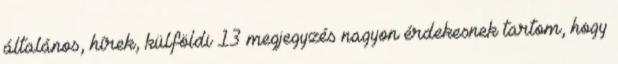
általános, hírek, külföldi 13 megjegyzés nagyon érdekesnek tartom, hogy